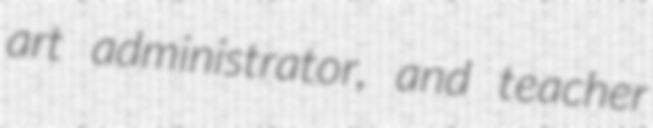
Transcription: art administrator, and teacher